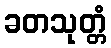
ခတသုတ္တံ